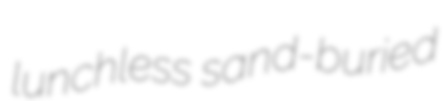
lunchless sand-buried